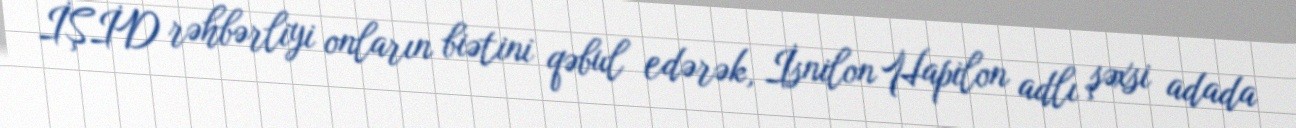
İŞİD rəhbərliyi onların biətini qəbul edərək, İsnilon Hapilon adlı şəxsi adada